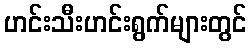
ဟင်းသီးဟင်းရွက်များတွင်